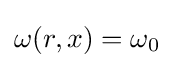
\omega (r,x)=\omega _{0}